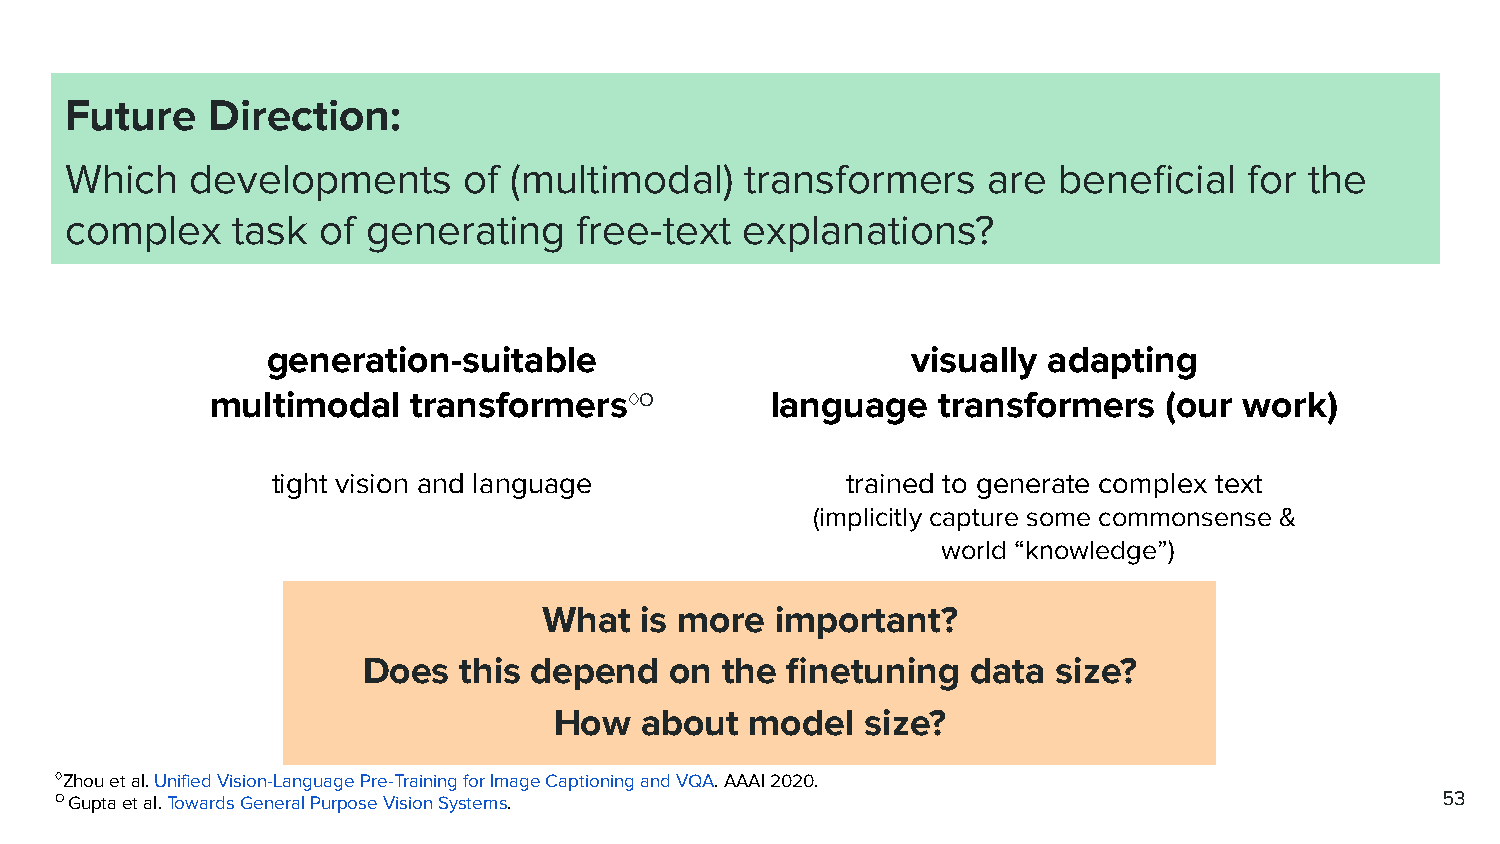
Future    Direction:
 Which    developments      of (multimodal)   transformers    are  beneficial   for the
 complex    task  of generating    free-text  explanations?
 generation-suitable                       visually adapting
 multimodal   transformers♢O          language   transformers   (our work)
 tight vision and language             trained to generate complex text
 (implicitly capture some commonsense &
 world “knowledge”)
 What  is more  important?
 Does  this depend   on  the finetuning  data  size?
 How  about   model  size?
 ♢Zhou et al. Unified Vision-Language Pre-Training for Image Captioning and VQA. AAAI 2020.
 O Gupta et al. Towards General Purpose Vision Systems.                                     53